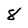
Character: 8